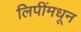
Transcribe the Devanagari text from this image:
लिपींमधून